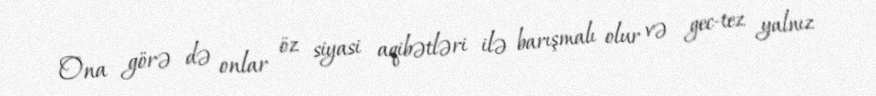
Ona görə də onlar öz siyasi aqibətləri ilə barışmalı olur və gec-tez yalnız